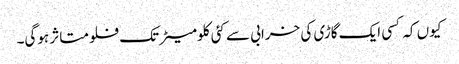
کیوں کہ کسی ایک گاڑی کی خرابی سے کئی کلومیٹر تک فلو متاثر ہوگی۔